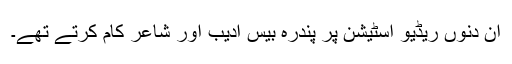
ان دنوں ریڈیو اسٹیشن پر پندرہ بیس ادیب اور شاعر کام کرتے تھے۔